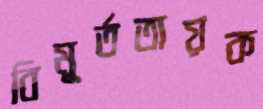
বিমূর্ততায়ক